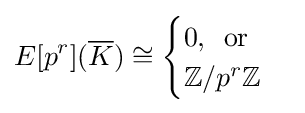
E[p^{r}]({\overline {K}})\cong {\begin{cases}0,\,{\mbox{ or}}\\\mathbb {Z} /p^{r}\mathbb {Z} \end{cases}}